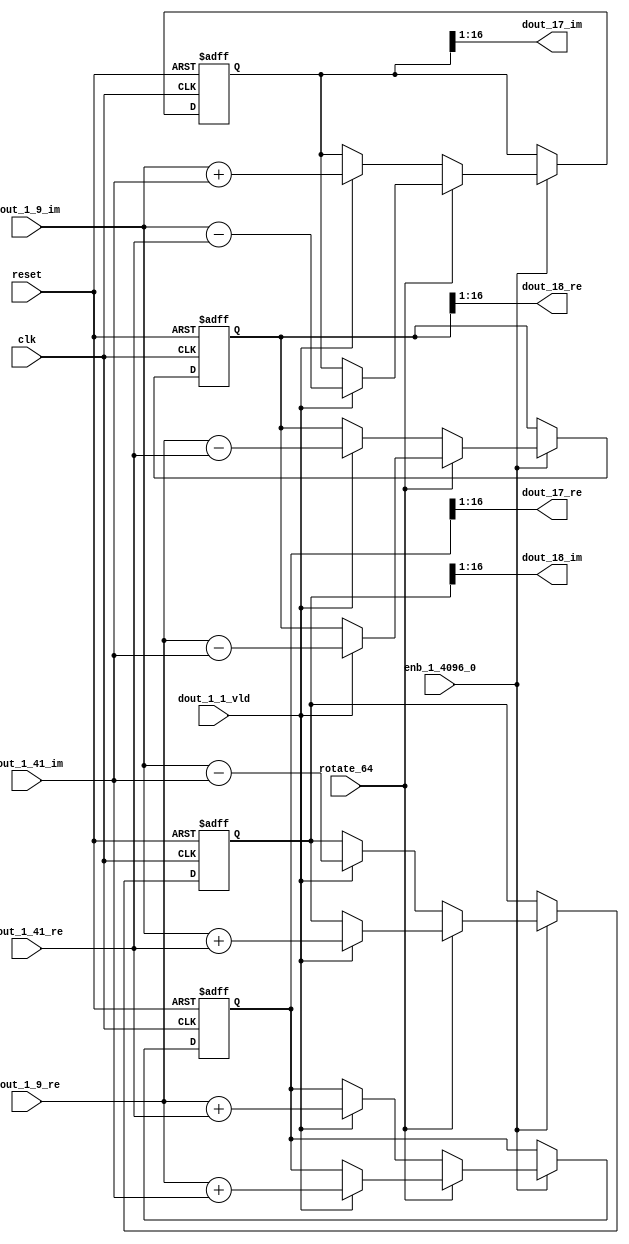
// -------------------------------------------------------------
// 
// 
// Generated by MATLAB 9.14 and HDL Coder 4.1
// 
// -------------------------------------------------------------


// -------------------------------------------------------------
// 
// Module: RADIX22FFT_SDNF2_2_block7
// Source Path: dsphdl.IFFT/RADIX22FFT_SDNF2_2
// Hierarchy Level: 4
// 
// -------------------------------------------------------------

`timescale 1 ns / 1 ns

module RADIX22FFT_SDNF2_2_block7
          (clk,
           reset,
           enb_1_4096_0,
           rotate_64,
           dout_1_9_re,
           dout_1_9_im,
           dout_1_41_re,
           dout_1_41_im,
           dout_1_1_vld,
           dout_17_re,
           dout_17_im,
           dout_18_re,
           dout_18_im);


  input   clk;
  input   reset;
  input   enb_1_4096_0;
  input   rotate_64;  // ufix1
  input   signed [15:0] dout_1_9_re;  // sfix16_En14
  input   signed [15:0] dout_1_9_im;  // sfix16_En14
  input   signed [15:0] dout_1_41_re;  // sfix16_En14
  input   signed [15:0] dout_1_41_im;  // sfix16_En14
  input   dout_1_1_vld;
  output  signed [15:0] dout_17_re;  // sfix16_En14
  output  signed [15:0] dout_17_im;  // sfix16_En14
  output  signed [15:0] dout_18_re;  // sfix16_En14
  output  signed [15:0] dout_18_im;  // sfix16_En14


  reg  Radix22ButterflyG2_NF_din_vld_dly;
  reg signed [16:0] Radix22ButterflyG2_NF_btf1_re_reg;  // sfix17
  reg signed [16:0] Radix22ButterflyG2_NF_btf1_im_reg;  // sfix17
  reg signed [16:0] Radix22ButterflyG2_NF_btf2_re_reg;  // sfix17
  reg signed [16:0] Radix22ButterflyG2_NF_btf2_im_reg;  // sfix17
  reg  Radix22ButterflyG2_NF_din_vld_dly_next;
  reg signed [16:0] Radix22ButterflyG2_NF_btf1_re_reg_next;  // sfix17_En14
  reg signed [16:0] Radix22ButterflyG2_NF_btf1_im_reg_next;  // sfix17_En14
  reg signed [16:0] Radix22ButterflyG2_NF_btf2_re_reg_next;  // sfix17_En14
  reg signed [16:0] Radix22ButterflyG2_NF_btf2_im_reg_next;  // sfix17_En14
  reg signed [15:0] dout_17_re_1;  // sfix16_En14
  reg signed [15:0] dout_17_im_1;  // sfix16_En14
  reg signed [15:0] dout_18_re_1;  // sfix16_En14
  reg signed [15:0] dout_18_im_1;  // sfix16_En14
  reg  dout_2_vld;
  reg signed [16:0] Radix22ButterflyG2_NF_add_cast;  // sfix17_En14
  reg signed [16:0] Radix22ButterflyG2_NF_add_cast_0;  // sfix17_En14
  reg signed [16:0] Radix22ButterflyG2_NF_add_cast_1;  // sfix17_En14
  reg signed [16:0] Radix22ButterflyG2_NF_add_cast_2;  // sfix17_En14
  reg signed [16:0] Radix22ButterflyG2_NF_sub_cast;  // sfix17_En14
  reg signed [16:0] Radix22ButterflyG2_NF_sub_cast_0;  // sfix17_En14
  reg signed [16:0] Radix22ButterflyG2_NF_sub_cast_1;  // sfix17_En14
  reg signed [16:0] Radix22ButterflyG2_NF_sub_cast_2;  // sfix17_En14
  reg signed [16:0] Radix22ButterflyG2_NF_sra_temp;  // sfix17_En14
  reg signed [16:0] Radix22ButterflyG2_NF_add_cast_3;  // sfix17_En14
  reg signed [16:0] Radix22ButterflyG2_NF_add_cast_4;  // sfix17_En14
  reg signed [16:0] Radix22ButterflyG2_NF_add_cast_5;  // sfix17_En14
  reg signed [16:0] Radix22ButterflyG2_NF_add_cast_6;  // sfix17_En14
  reg signed [16:0] Radix22ButterflyG2_NF_sra_temp_0;  // sfix17_En14
  reg signed [16:0] Radix22ButterflyG2_NF_sub_cast_3;  // sfix17_En14
  reg signed [16:0] Radix22ButterflyG2_NF_sub_cast_4;  // sfix17_En14
  reg signed [16:0] Radix22ButterflyG2_NF_sub_cast_5;  // sfix17_En14
  reg signed [16:0] Radix22ButterflyG2_NF_sub_cast_6;  // sfix17_En14
  reg signed [16:0] Radix22ButterflyG2_NF_sra_temp_1;  // sfix17_En14
  reg signed [16:0] Radix22ButterflyG2_NF_sra_temp_2;  // sfix17_En14


  // Radix22ButterflyG2_NF
  always @(posedge clk or posedge reset)
    begin : Radix22ButterflyG2_NF_process
      if (reset == 1'b1) begin
        Radix22ButterflyG2_NF_din_vld_dly <= 1'b0;
        Radix22ButterflyG2_NF_btf1_re_reg <= 17'sb00000000000000000;
        Radix22ButterflyG2_NF_btf1_im_reg <= 17'sb00000000000000000;
        Radix22ButterflyG2_NF_btf2_re_reg <= 17'sb00000000000000000;
        Radix22ButterflyG2_NF_btf2_im_reg <= 17'sb00000000000000000;
      end
      else begin
        if (enb_1_4096_0) begin
          Radix22ButterflyG2_NF_din_vld_dly <= Radix22ButterflyG2_NF_din_vld_dly_next;
          Radix22ButterflyG2_NF_btf1_re_reg <= Radix22ButterflyG2_NF_btf1_re_reg_next;
          Radix22ButterflyG2_NF_btf1_im_reg <= Radix22ButterflyG2_NF_btf1_im_reg_next;
          Radix22ButterflyG2_NF_btf2_re_reg <= Radix22ButterflyG2_NF_btf2_re_reg_next;
          Radix22ButterflyG2_NF_btf2_im_reg <= Radix22ButterflyG2_NF_btf2_im_reg_next;
        end
      end
    end

  always @(Radix22ButterflyG2_NF_btf1_im_reg, Radix22ButterflyG2_NF_btf1_re_reg,
       Radix22ButterflyG2_NF_btf2_im_reg, Radix22ButterflyG2_NF_btf2_re_reg,
       Radix22ButterflyG2_NF_din_vld_dly, dout_1_1_vld, dout_1_41_im,
       dout_1_41_re, dout_1_9_im, dout_1_9_re, rotate_64) begin
    Radix22ButterflyG2_NF_add_cast_1 = 17'sb00000000000000000;
    Radix22ButterflyG2_NF_add_cast_2 = 17'sb00000000000000000;
    Radix22ButterflyG2_NF_sub_cast_1 = 17'sb00000000000000000;
    Radix22ButterflyG2_NF_sub_cast_2 = 17'sb00000000000000000;
    Radix22ButterflyG2_NF_add_cast_5 = 17'sb00000000000000000;
    Radix22ButterflyG2_NF_add_cast_6 = 17'sb00000000000000000;
    Radix22ButterflyG2_NF_sub_cast_5 = 17'sb00000000000000000;
    Radix22ButterflyG2_NF_sub_cast_6 = 17'sb00000000000000000;
    Radix22ButterflyG2_NF_add_cast = 17'sb00000000000000000;
    Radix22ButterflyG2_NF_add_cast_0 = 17'sb00000000000000000;
    Radix22ButterflyG2_NF_sub_cast = 17'sb00000000000000000;
    Radix22ButterflyG2_NF_sub_cast_0 = 17'sb00000000000000000;
    Radix22ButterflyG2_NF_add_cast_3 = 17'sb00000000000000000;
    Radix22ButterflyG2_NF_add_cast_4 = 17'sb00000000000000000;
    Radix22ButterflyG2_NF_sub_cast_3 = 17'sb00000000000000000;
    Radix22ButterflyG2_NF_sub_cast_4 = 17'sb00000000000000000;
    Radix22ButterflyG2_NF_btf1_re_reg_next = Radix22ButterflyG2_NF_btf1_re_reg;
    Radix22ButterflyG2_NF_btf1_im_reg_next = Radix22ButterflyG2_NF_btf1_im_reg;
    Radix22ButterflyG2_NF_btf2_re_reg_next = Radix22ButterflyG2_NF_btf2_re_reg;
    Radix22ButterflyG2_NF_btf2_im_reg_next = Radix22ButterflyG2_NF_btf2_im_reg;
    Radix22ButterflyG2_NF_din_vld_dly_next = dout_1_1_vld;
    if (rotate_64 != 1'b0) begin
      if (dout_1_1_vld) begin
        Radix22ButterflyG2_NF_add_cast_1 = {dout_1_9_re[15], dout_1_9_re};
        Radix22ButterflyG2_NF_add_cast_2 = {dout_1_41_im[15], dout_1_41_im};
        Radix22ButterflyG2_NF_btf1_re_reg_next = Radix22ButterflyG2_NF_add_cast_1 + Radix22ButterflyG2_NF_add_cast_2;
        Radix22ButterflyG2_NF_sub_cast_1 = {dout_1_9_re[15], dout_1_9_re};
        Radix22ButterflyG2_NF_sub_cast_2 = {dout_1_41_im[15], dout_1_41_im};
        Radix22ButterflyG2_NF_btf2_re_reg_next = Radix22ButterflyG2_NF_sub_cast_1 - Radix22ButterflyG2_NF_sub_cast_2;
        Radix22ButterflyG2_NF_add_cast_5 = {dout_1_9_im[15], dout_1_9_im};
        Radix22ButterflyG2_NF_add_cast_6 = {dout_1_41_re[15], dout_1_41_re};
        Radix22ButterflyG2_NF_btf2_im_reg_next = Radix22ButterflyG2_NF_add_cast_5 + Radix22ButterflyG2_NF_add_cast_6;
        Radix22ButterflyG2_NF_sub_cast_5 = {dout_1_9_im[15], dout_1_9_im};
        Radix22ButterflyG2_NF_sub_cast_6 = {dout_1_41_re[15], dout_1_41_re};
        Radix22ButterflyG2_NF_btf1_im_reg_next = Radix22ButterflyG2_NF_sub_cast_5 - Radix22ButterflyG2_NF_sub_cast_6;
      end
    end
    else if (dout_1_1_vld) begin
      Radix22ButterflyG2_NF_add_cast = {dout_1_9_re[15], dout_1_9_re};
      Radix22ButterflyG2_NF_add_cast_0 = {dout_1_41_re[15], dout_1_41_re};
      Radix22ButterflyG2_NF_btf1_re_reg_next = Radix22ButterflyG2_NF_add_cast + Radix22ButterflyG2_NF_add_cast_0;
      Radix22ButterflyG2_NF_sub_cast = {dout_1_9_re[15], dout_1_9_re};
      Radix22ButterflyG2_NF_sub_cast_0 = {dout_1_41_re[15], dout_1_41_re};
      Radix22ButterflyG2_NF_btf2_re_reg_next = Radix22ButterflyG2_NF_sub_cast - Radix22ButterflyG2_NF_sub_cast_0;
      Radix22ButterflyG2_NF_add_cast_3 = {dout_1_9_im[15], dout_1_9_im};
      Radix22ButterflyG2_NF_add_cast_4 = {dout_1_41_im[15], dout_1_41_im};
      Radix22ButterflyG2_NF_btf1_im_reg_next = Radix22ButterflyG2_NF_add_cast_3 + Radix22ButterflyG2_NF_add_cast_4;
      Radix22ButterflyG2_NF_sub_cast_3 = {dout_1_9_im[15], dout_1_9_im};
      Radix22ButterflyG2_NF_sub_cast_4 = {dout_1_41_im[15], dout_1_41_im};
      Radix22ButterflyG2_NF_btf2_im_reg_next = Radix22ButterflyG2_NF_sub_cast_3 - Radix22ButterflyG2_NF_sub_cast_4;
    end
    Radix22ButterflyG2_NF_sra_temp = Radix22ButterflyG2_NF_btf1_re_reg >>> 8'd1;
    dout_17_re_1 = Radix22ButterflyG2_NF_sra_temp[15:0];
    Radix22ButterflyG2_NF_sra_temp_0 = Radix22ButterflyG2_NF_btf1_im_reg >>> 8'd1;
    dout_17_im_1 = Radix22ButterflyG2_NF_sra_temp_0[15:0];
    Radix22ButterflyG2_NF_sra_temp_1 = Radix22ButterflyG2_NF_btf2_re_reg >>> 8'd1;
    dout_18_re_1 = Radix22ButterflyG2_NF_sra_temp_1[15:0];
    Radix22ButterflyG2_NF_sra_temp_2 = Radix22ButterflyG2_NF_btf2_im_reg >>> 8'd1;
    dout_18_im_1 = Radix22ButterflyG2_NF_sra_temp_2[15:0];
    dout_2_vld = Radix22ButterflyG2_NF_din_vld_dly;
  end



  assign dout_17_re = dout_17_re_1;

  assign dout_17_im = dout_17_im_1;

  assign dout_18_re = dout_18_re_1;

  assign dout_18_im = dout_18_im_1;

endmodule  // RADIX22FFT_SDNF2_2_block7